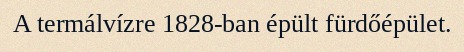
A termálvízre 1828-ban épült fürdőépület.